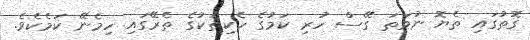
ގޮތުގައި ތެޔޮ ނުވަތަ ގޭސް ހުރި ކަމުގެ ހެކިތަކުގެ ތެރޭގައި ހިމެނޭ ކަމެކެވެ.